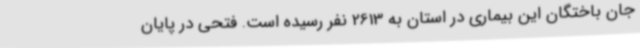
جان باختگان این بیماری در استان به 2613 نفر رسیده است. فتحی در پایان